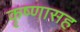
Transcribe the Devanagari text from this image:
कृष्णासह